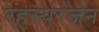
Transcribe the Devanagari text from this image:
रहस्यरंजन